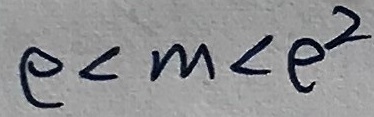
e < m < e ^ { 2 }